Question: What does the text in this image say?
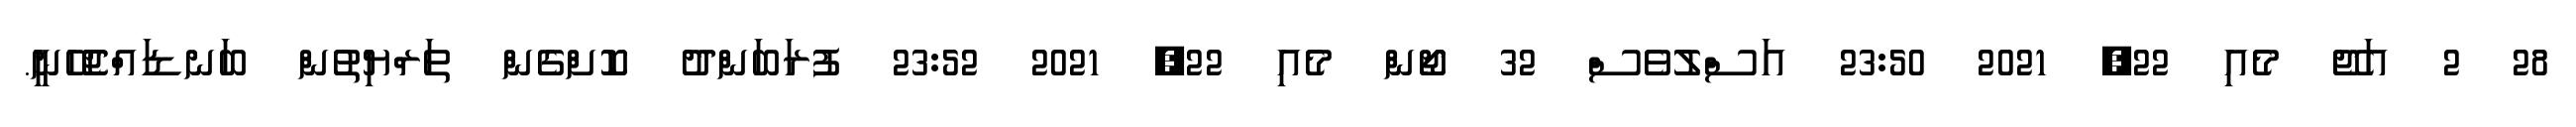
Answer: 28 2 އަޖޭ މެއި 22, 2021 23:50 އަސްލުވެސް 32 ޖޯން މެއި 22, 2021 23:52 ފުރަބަންދު ކޮށްގެން ތަރްޔިތުން ބަނޑައްޖެހޭނީ.